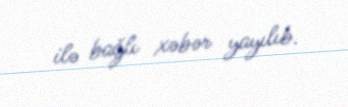
ilə bağlı xəbər yayılıb.